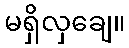
မရှိလှချေ။